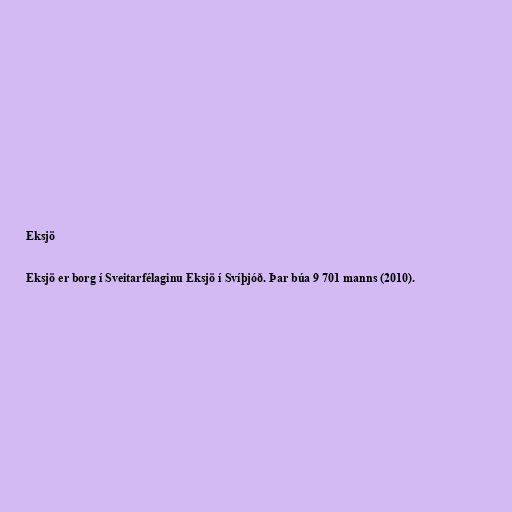
Eksjö

Eksjö er borg í Sveitarfélaginu Eksjö í Svíþjóð. Þar búa 9 701 manns (2010).